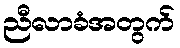
ညီလာခံအတွက်